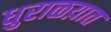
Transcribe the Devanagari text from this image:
धुराळय़ात